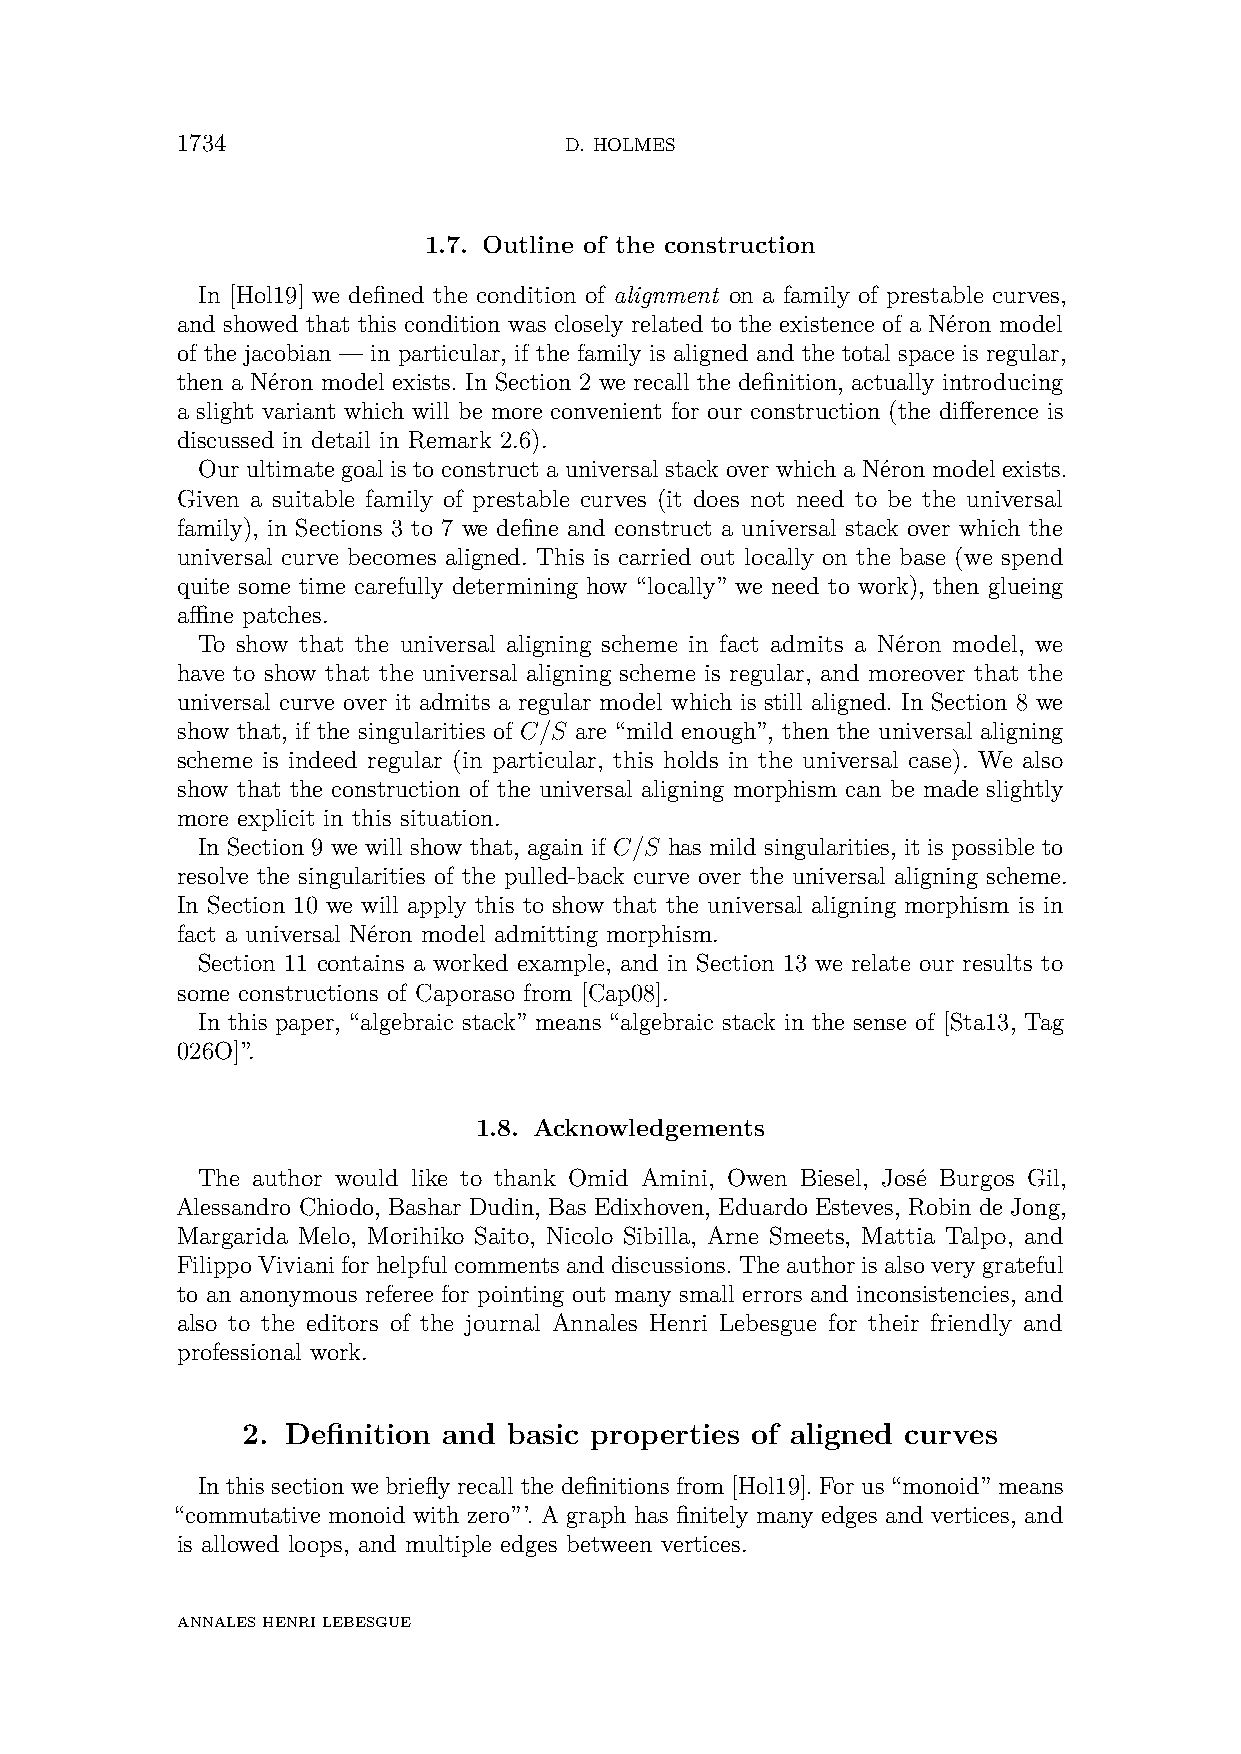
1734                     D. HOLMES
 1.7. Outline of the construction
 In [Hol19] we defined the condition of alignment on a family of prestable curves,
 and showed that this condition was closely related to the existence of a Néron model
 of the jacobian — in particular, if the family is aligned and the total space is regular,
 then a Néron model exists. In Section 2 we recall the definition, actually introducing
 a slight variant which will be more convenient for our construction (the difference is
 discussed in detail in Remark 2.6).
 Our ultimate goal is to construct a universal stack over which a Néron model exists.
 Given a suitable family of prestable curves (it does not need to be the universal
 family), in Sections 3 to 7 we define and construct a universal stack over which the
 universal curve becomes aligned. This is carried out locally on the base (we spend
 quite some time carefully determining how “locally” we need to work), then glueing
 affine patches.
 To show that the universal aligning scheme in fact admits a Néron model, we
 have to show that the universal aligning scheme is regular, and moreover that the
 universal curve over it admits a regular model which is still aligned. In Section 8 we
 show that, if the singularities of C/S are “mild enough”, then the universal aligning
 scheme is indeed regular (in particular, this holds in the universal case). We also
 show that the construction of the universal aligning morphism can be made slightly
 more explicit in this situation.
 In Section 9 we will show that, again if C/S has mild singularities, it is possible to
 resolve the singularities of the pulled-back curve over the universal aligning scheme.
 In Section 10 we will apply this to show that the universal aligning morphism is in
 fact a universal Néron model admitting morphism.
 Section 11 contains a worked example, and in Section 13 we relate our results to
 some constructions of Caporaso from [Cap08].
 In this paper, “algebraic stack” means “algebraic stack in the sense of [Sta13, Tag
 026O]”.
 1.8. Acknowledgements
 The author would like to thank Omid Amini, Owen Biesel, José Burgos Gil,
 Alessandro Chiodo, Bashar Dudin, Bas Edixhoven, Eduardo Esteves, Robin de Jong,
 Margarida Melo, Morihiko Saito, Nicolo Sibilla, Arne Smeets, Mattia Talpo, and
 FilippoVivianiforhelpfulcommentsanddiscussions.Theauthorisalsoverygrateful
 to an anonymous referee for pointing out many small errors and inconsistencies, and
 also to the editors of the journal Annales Henri Lebesgue for their friendly and
 professional work.
 2. Definition and basic properties of aligned curves
 In this section we briefly recall the definitions from [Hol19]. For us “monoid” means
 “commutative monoid with zero”’. A graph has finitely many edges and vertices, and
 is allowed loops, and multiple edges between vertices.
 ANNALESHENRILEBESGUE